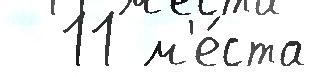
  11 м'е́ста